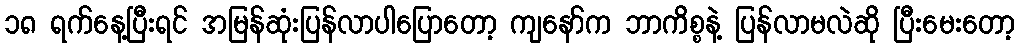
၁၈ ရက်နေ့ပြီးရင် အမြန်ဆုံးပြန်လာပါပြောတော့ ကျနော်က ဘာကိစ္စနဲ့ ပြန်လာမလဲဆို ပြီးမေးတော့